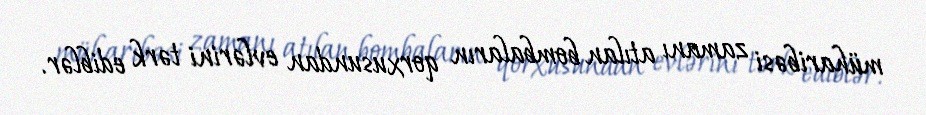
müharibəsi zamanı atılan bombaların qorxusundan evlərini tərk ediblər.